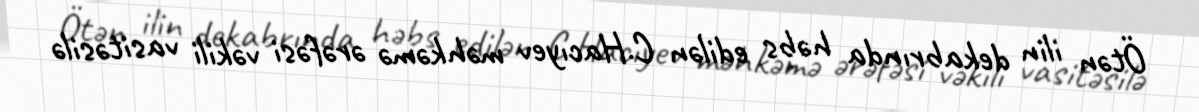
Ötən ilin dekabrında həbs edilən C.Hacıyev məhkəmə ərəfəsi vəkili vasitəsilə